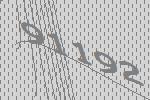
91192